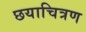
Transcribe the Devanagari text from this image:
छयाचित्रण